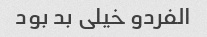
الفردو خیلی بد بود